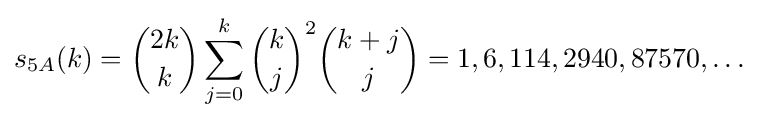
s_{5A}(k)={\binom {2k}{k}}\sum _{j=0}^{k}{\binom {k}{j}}^{2}{\binom {k+j}{j}}=1,6,114,2940,87570,\ldots